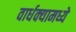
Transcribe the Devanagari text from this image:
वार्धक्यामध्ये